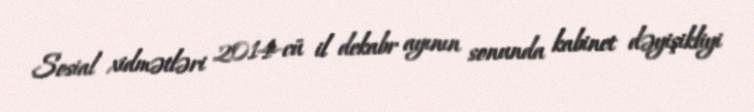
Sosial xidmətləri 2014-cü il dekabr ayının sonunda kabinet dəyişikliyi